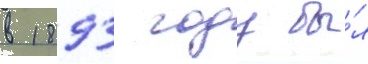
в 1893 году бы́л